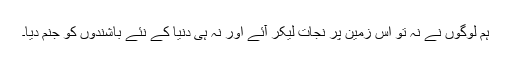
ہم لوگوں نے نہ تو اس زمین پر نجات لیکر آئے اور نہ ہی دنیا کے نئے باشندوں کو جنم دیا۔